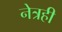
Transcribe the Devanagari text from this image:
नेत्रही